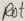
Text: Rot